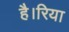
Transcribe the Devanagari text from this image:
है।रिया